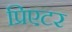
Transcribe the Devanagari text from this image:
प्रिएटर